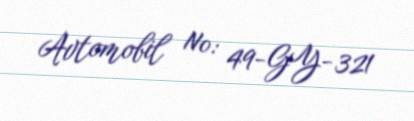
Avtomobil №: 49-GY-321